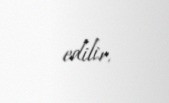
edilir.